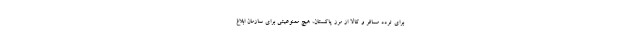
برای تردد مسافر و کالا از مرز پاکستان، هیچ ممنوعیتی برای سازمان ابلاغ